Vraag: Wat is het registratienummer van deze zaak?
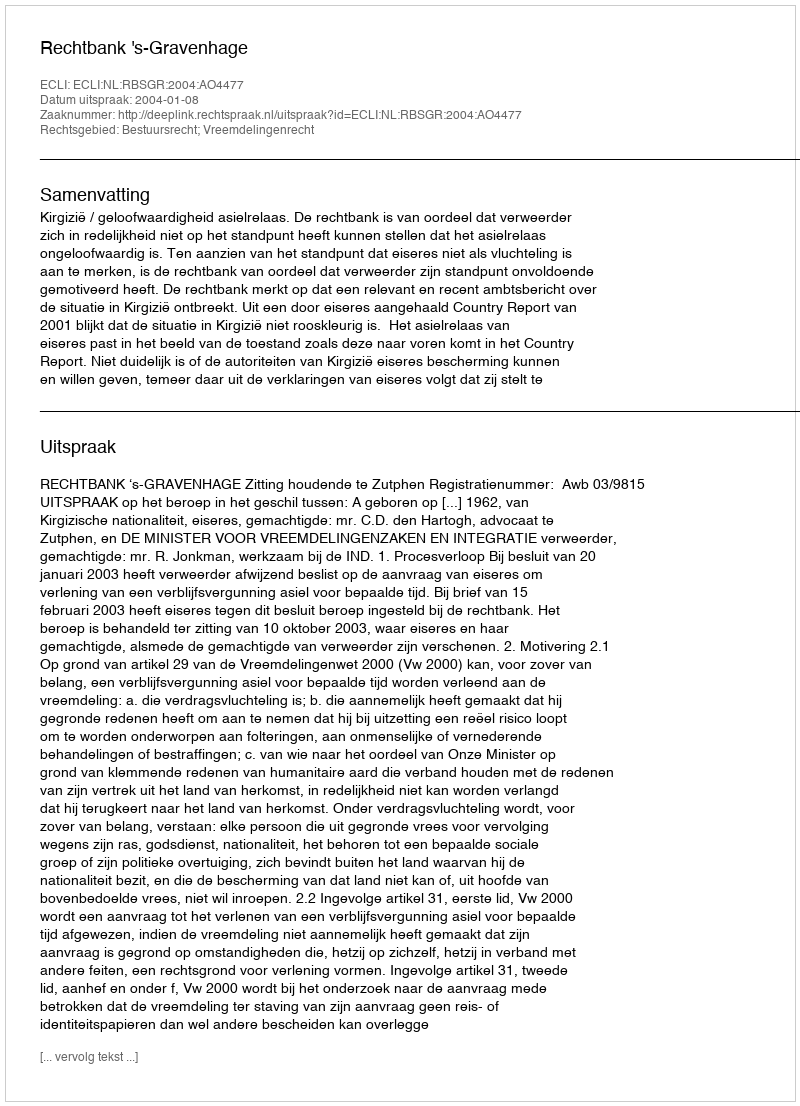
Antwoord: http://deeplink.rechtspraak.nl/uitspraak?id=ECLI:NL:RBSGR:2004:AO4477